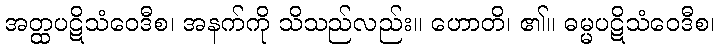
အတ္ထပဋိသံဝေဒီစ၊ အနက်ကို သိသည်လည်း။ ဟောတိ၊ ၏။ ဓမ္မပဋိသံဝေဒီစ၊